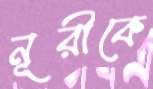
নূরীকে